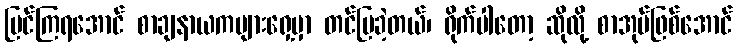
ပြင်ကြရအောင် စာချနာယကများရှေ့မှာ တင်ပြခဲ့တယ်၊ ရိုက်ပါတော့ ဆိုလို့ စာအုပ်ဖြစ်အောင်